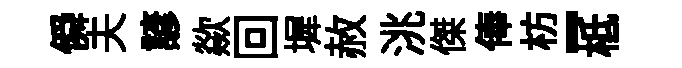
僢夫諺歘回墀赦洮傑俸枋-柢